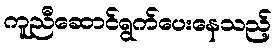
ကူညီဆောင်ရွက်ပေးနေသည့်